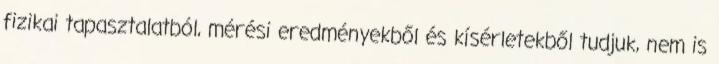
fizikai tapasztalatból, mérési eredményekből és kísérletekből tudjuk, nem is